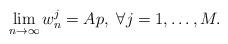
LaTeX: \begin{align*}\lim\limits_{n\to\infty}w^j_n=Ap,~\forall j=1,\ldots,M.\end{align*}